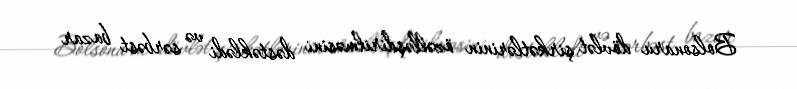
Bolsonaru dövlət şirkətlərinin özəlləşdirilməsini dəstəklədi və sərbəst bazar